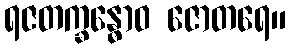
ရဇတက္ခန္ဓောဝ ဇောတရေ။